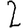
Digit: 2